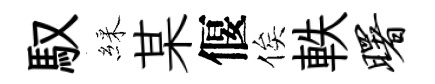
馭綵某偃俟軼曙